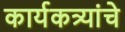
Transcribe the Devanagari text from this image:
कार्यकत्र्यांचे